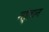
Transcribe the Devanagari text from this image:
गो्लान